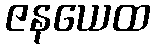
ဇနယေထ